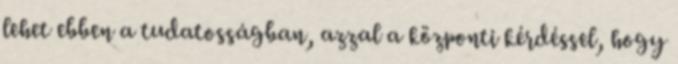
lehet ebben a tudatosságban, azzal a központi kérdéssel, hogy